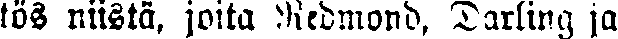
tös niistä, joita Redmond, Darling ja